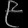
Digit: ၉